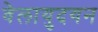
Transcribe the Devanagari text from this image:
वेलायुदयन